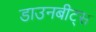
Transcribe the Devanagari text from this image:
डाउनबीट्स